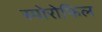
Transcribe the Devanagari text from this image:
स्पोरोफिल